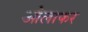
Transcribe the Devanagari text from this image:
ओलाफर